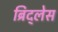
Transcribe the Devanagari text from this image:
ब्रिद्लेस